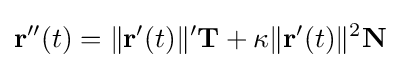
\mathbf {r} ''(t)=\|\mathbf {r} '(t)\|'\mathbf {T} +\kappa \|\mathbf {r} '(t)\|^{2}\mathbf {N}